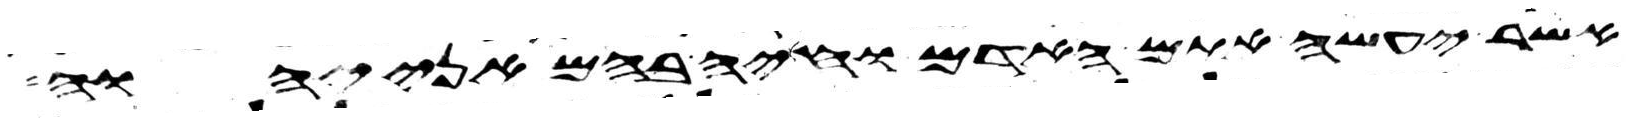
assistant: אשר יעשה אתם האדם וחיה בהם אני יהוה